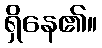
ရှိနေ၏။